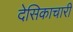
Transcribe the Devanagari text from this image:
देसिकाचारी